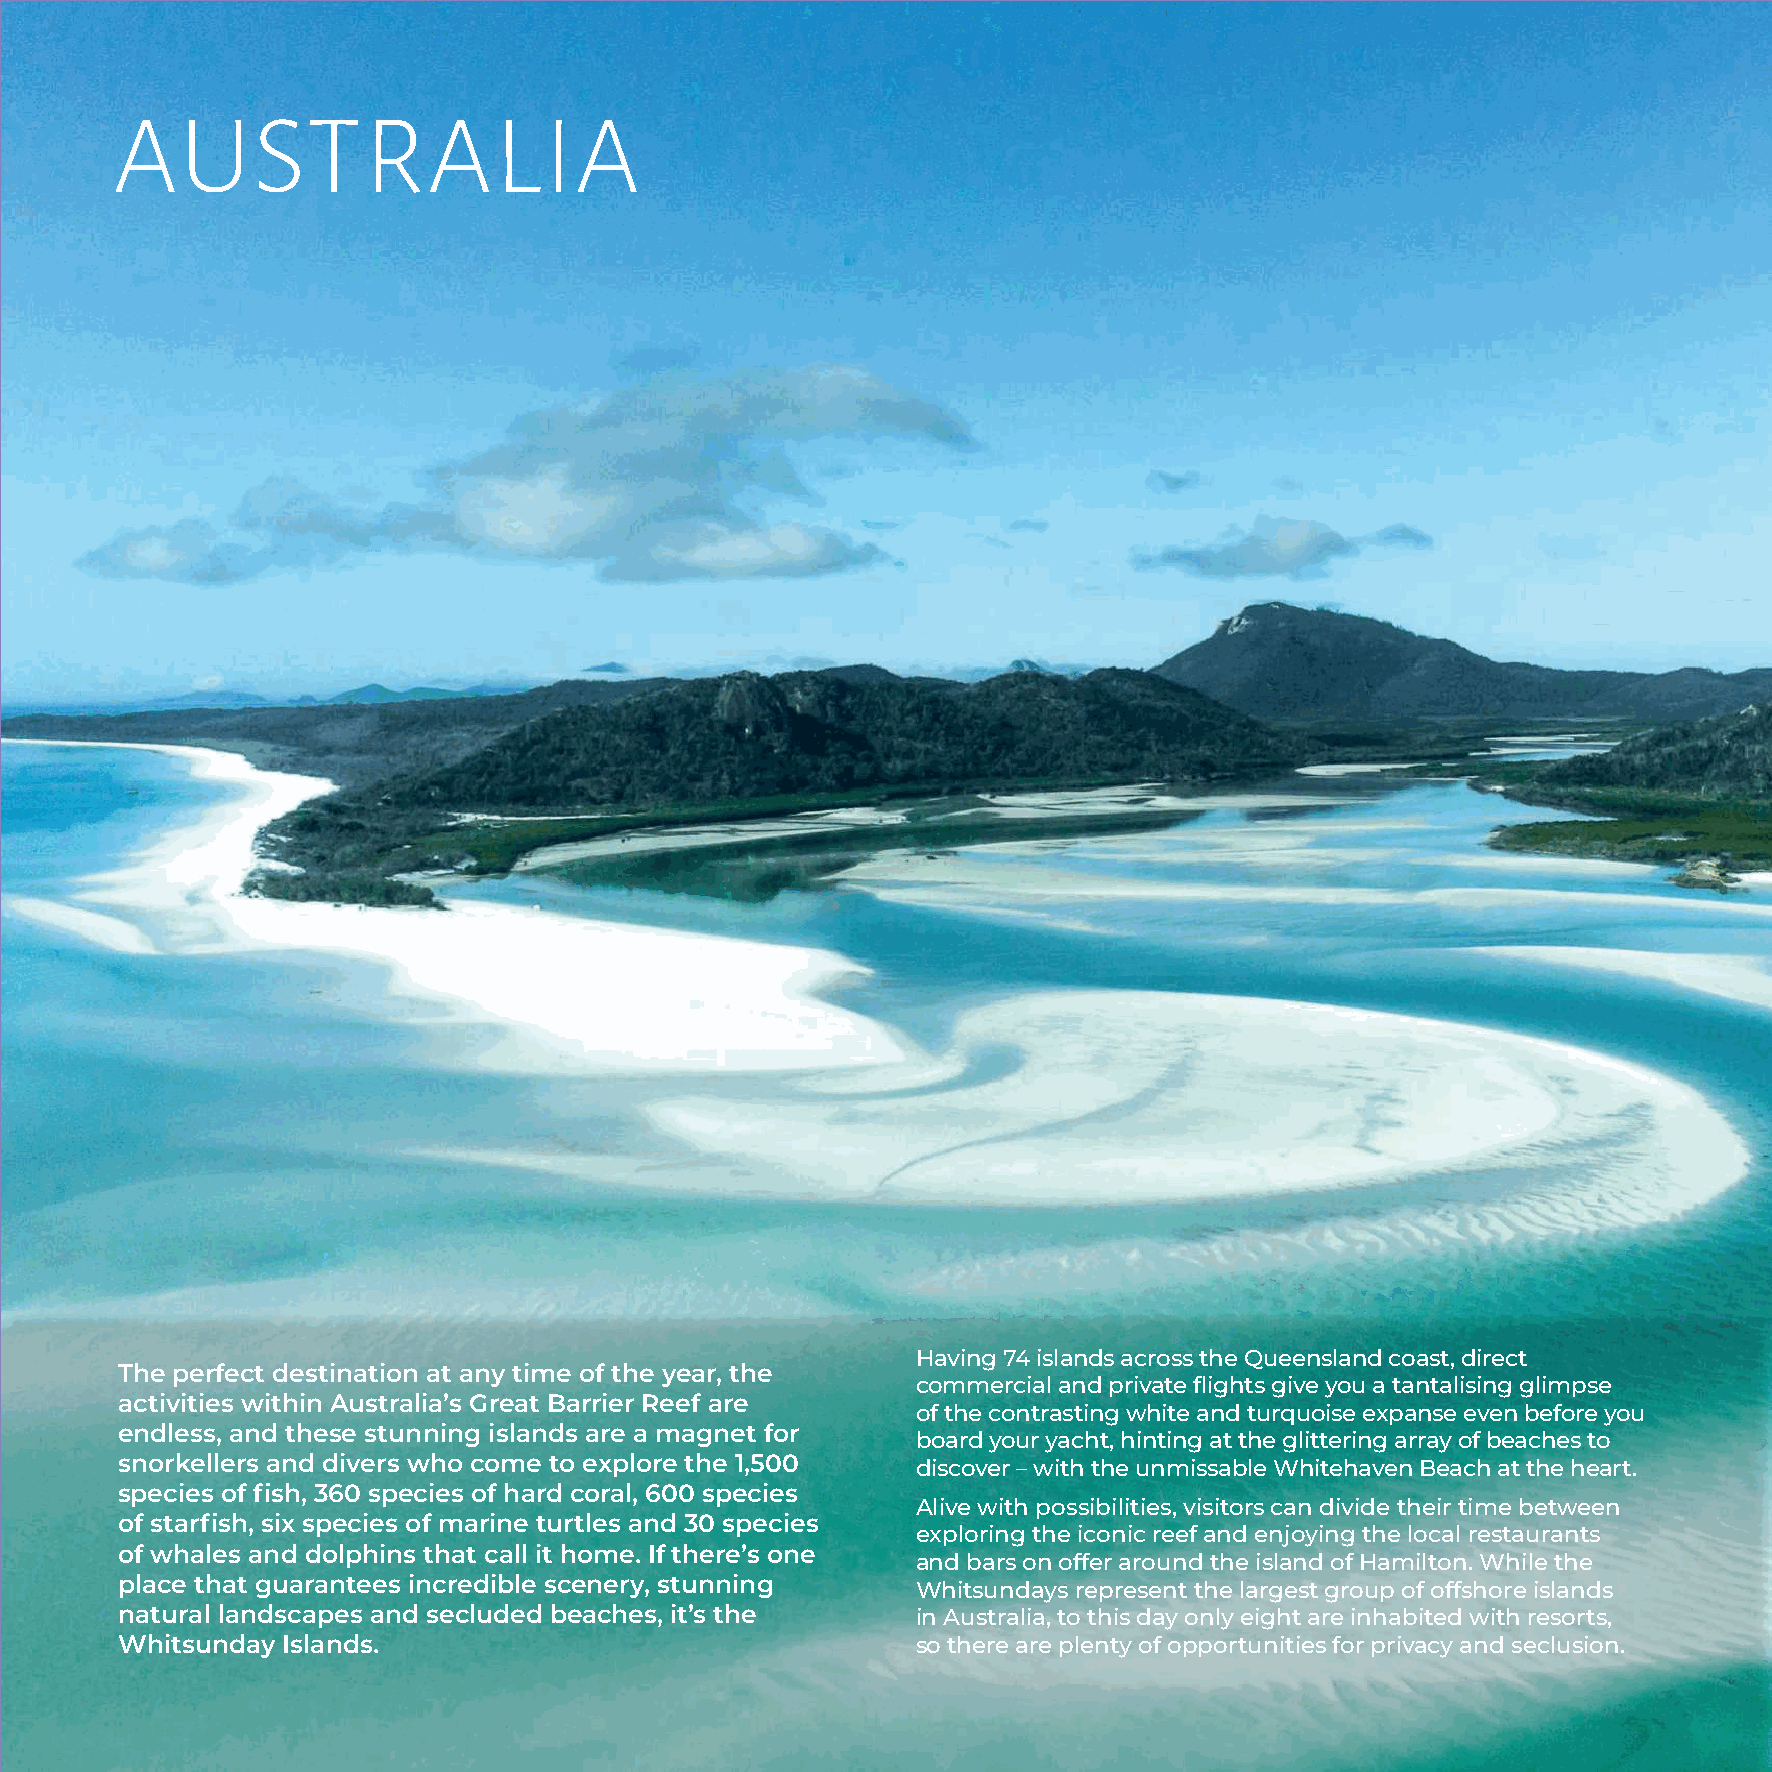
AUSTRALIA
 Having 74 islands across the Queensland coast, direct
 The perfect destination at any time of the year, the
 commercial and private flights give you a tantalising glimpse
 activities within Australia’s Great Barrier Reef are
 of the contrasting white and turquoise expanse even before you
 endless, and these stunning islands are a magnet for
 board your yacht, hinting at the glittering array of beaches to
 snorkellers and divers who come to explore the 1,500 discover – with the unmissable Whitehaven Beach at the heart.
 species of fish, 360 species of hard coral, 600 species
 Alive with possibilities, visitors can divide their time between
 of starfish, six species of marine turtles and 30 species
 exploring the iconic reef and enjoying the local restaurants
 of whales and dolphins that call it home. If there’s one
 and bars on offer around the island of Hamilton. While the
 place that guarantees incredible scenery, stunning
 Whitsundays represent the largest group of offshore islands
 natural landscapes and secluded beaches, it’s the    in Australia, to this day only eight are inhabited with resorts,
 Whitsunday Islands.                                  so there are plenty of opportunities for privacy and seclusion.
 66